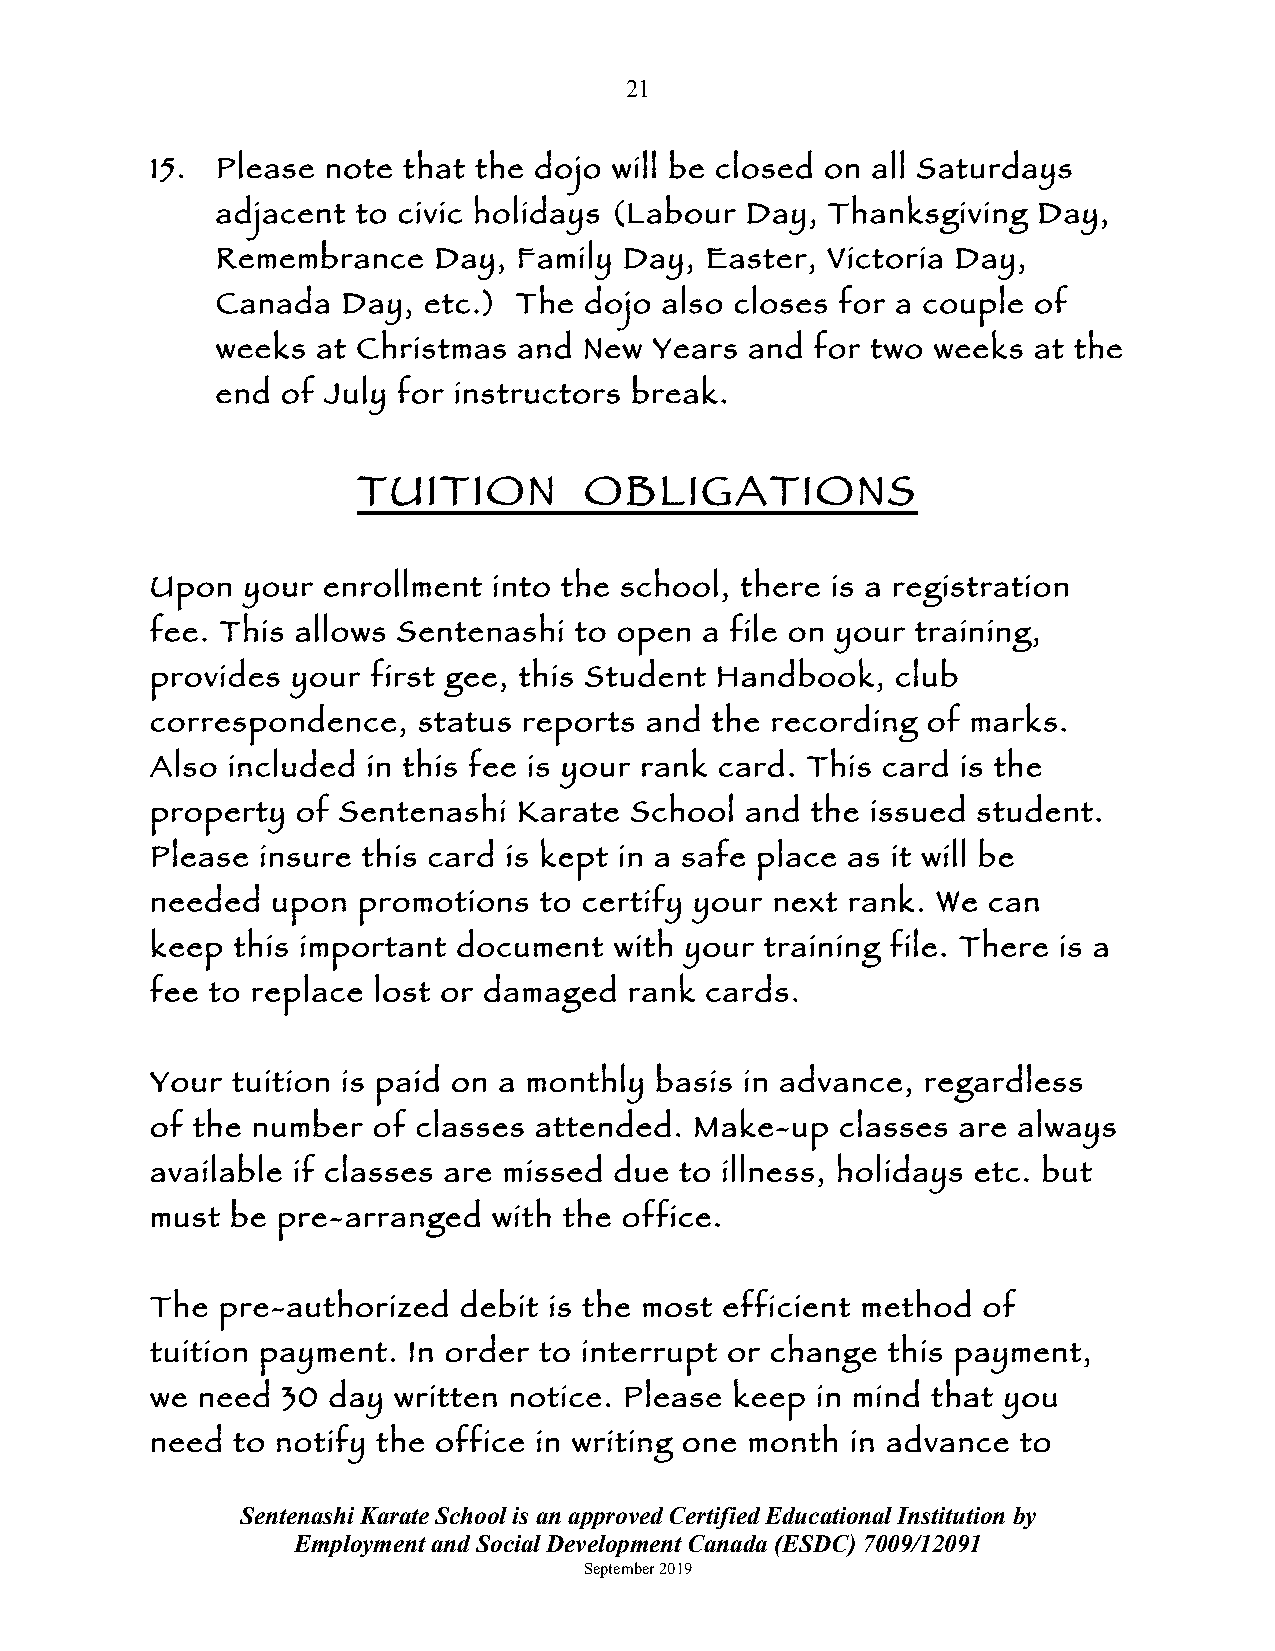
21
 15. Please  note that the dojo will be closed on all Saturdays
 adjacent  to civic holidays (Labour Day, Thanksgiving  Day,
 Remembrance    Day, Family Day,  Easter, Victoria Day,
 Canada   Day, etc.) The  dojo also closes for a couple of
 weeks  at Christmas and  New Years  and for two weeks at the
 end  of July for instructors break.
 TUITION        OBLIGATIONS
 Upon  your enrollment  into the school, there is a registration
 fee. This allows Sentenashi to open  a file on your training,
 provides your  first gee, this Student Handbook, club
 correspondence,   status reports and the recording of marks.
 Also included in this fee is your rank card. This card is the
 property  of Sentenashi Karate  School and  the issued student.
 Please insure this card is kept in a safe place as it will be
 needed  upon  promotions  to certify your next rank. We can
 keep  this important document  with your training file. There is a
 fee to replace lost or damaged  rank cards.
 Your tuition is paid on a monthly basis in advance, regardless
 of the number  of classes attended. Make-up   classes are always
 available if classes are missed due to illness, holidays etc. but
 must be pre-arranged   with the office.
 The  pre-authorized debit is the most efficient method of
 tuition payment. In order to interrupt or change this payment,
 we need  30 day written notice. Please keep in mind that you
 need to notify the office in writing one month in advance to
 Sentenashi Karate School is an approved Certified Educational Institution by
 Employment and Social Development Canada (ESDC) 7009/12091
 September 2019